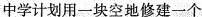
中学计划用一块空地修建一个